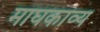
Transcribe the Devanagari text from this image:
माघकाव्य